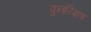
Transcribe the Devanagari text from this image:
पुनरिक्षण